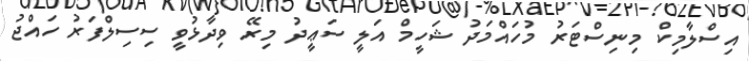
އިސްލާމިކް މިނިސްޓަރު މުހައްމަދު ޝަހީމް އަލީ ސަޢީދު މިރޭ ވިދާޅުވީ ސިސިލްފަރު ހައްޖު